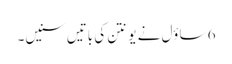
6 ساؤل نے یونتن کی باتیں سنیں۔